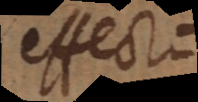
effect